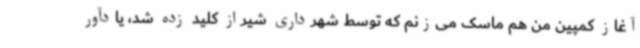
آغاز کمپین من هم ماسک می‌زنم که توسط شهرداری شیراز کلید زده شد، یادآور